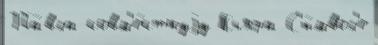
Па́вла совм'е́стнуjу Кьяра С'и́мвол'е